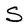
Character: S